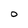
Character: O